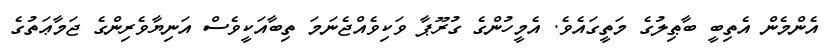
އެންމެން އެތިބީ ބާޠިލުގެ މަތީގައެވެ. އެމީހުންގެ ގުރޫޕާ ވަކިވެއްޖެނަމަ ތިބާއަކީވެސް އަނިޔާވެރިންގެ ޖަމާޢަތުގެ